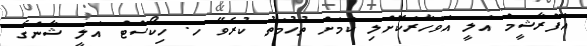
އަފްރާޝީމް އަލީ އަވަހާރަކޮށްލި ކަމަށް ތުހުމަތު ކުރެވޭ ހ. ހިކޯސްޓް އަލީ ޝާންގެ